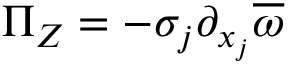
\Pi _ { Z } = - \sigma _ { j } \partial _ { x _ { j } } \overline { { \omega } }